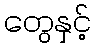
တွေနှင့်